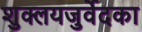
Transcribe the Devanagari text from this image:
शुक्लयजुर्वेदका